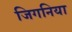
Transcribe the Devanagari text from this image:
जिगनिया